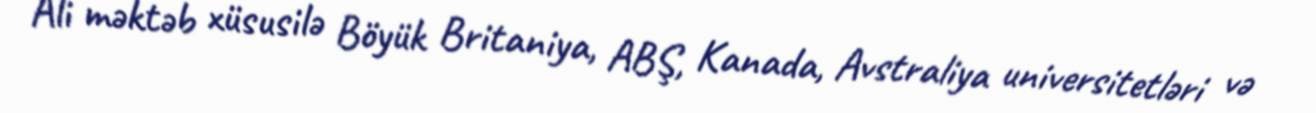
Ali məktəb xüsusilə Böyük Britaniya, ABŞ, Kanada, Avstraliya universitetləri və